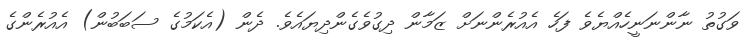
ވަގުތު ނާންނަނީހެއްޔެވެ ފަހެ އެއުރެންނަށް ޒަމާން ދިގުވެގެންދިޔައެވެ. ދެން (އެކަމުގެ ސަބަބުން) އެއުރެންގެ